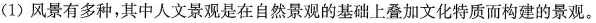
(1)风景有多种，其中人文景观是在自然景观的基础上叠加文化特质而构建的景观。